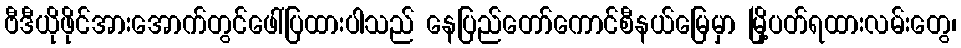
ဗီဒီယိုဖိုင်အားအောက်တွင်ဖေါ်ပြထားပါသည် နေပြည်တော်ကောင်စီနယ်မြေမှာ မြို့ပတ်ရထားလမ်းတွေ၊